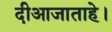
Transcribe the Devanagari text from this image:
दीआजाताहे।